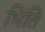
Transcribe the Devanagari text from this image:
भिंति